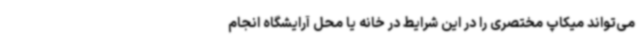
می‌تواند میکاپ مختصری را در این شرایط در خانه یا محل آرایشگاه انجام